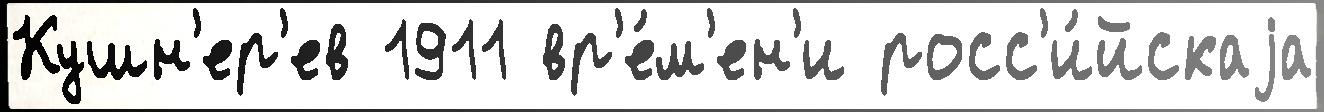
Кушн'ер'ев 1911 вр'е́м'ен'и росс'и́йскаjа